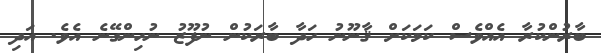
ބާރުންކުރާ އެއްވެސް ކަމަކަށް ޤާނޫނު ހަދާ ބާރަކުން ނުފޫޒު ނުހިންގޭނެ އެވެ. އަދި